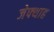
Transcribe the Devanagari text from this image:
जेफ्थाह